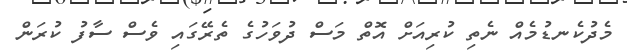
މެދުކެނޑުމެއް ނެތި ކުރިއަށް އޮތް މަސް ދުވަހުގެ ތެރޭގައި ވެސް ސާފު ކުރަން